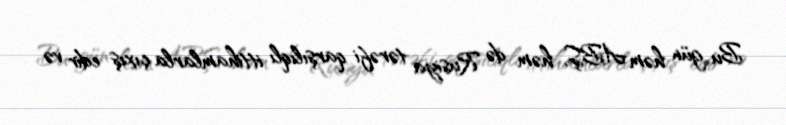
Bu gün həm ABŞ, həm də Rusiya tərəfi qarşılıqlı ittihamlarla çıxış edir və